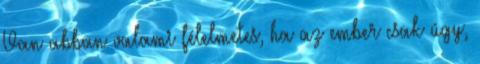
Van abban valami félelmetes, ha az ember csak úgy,